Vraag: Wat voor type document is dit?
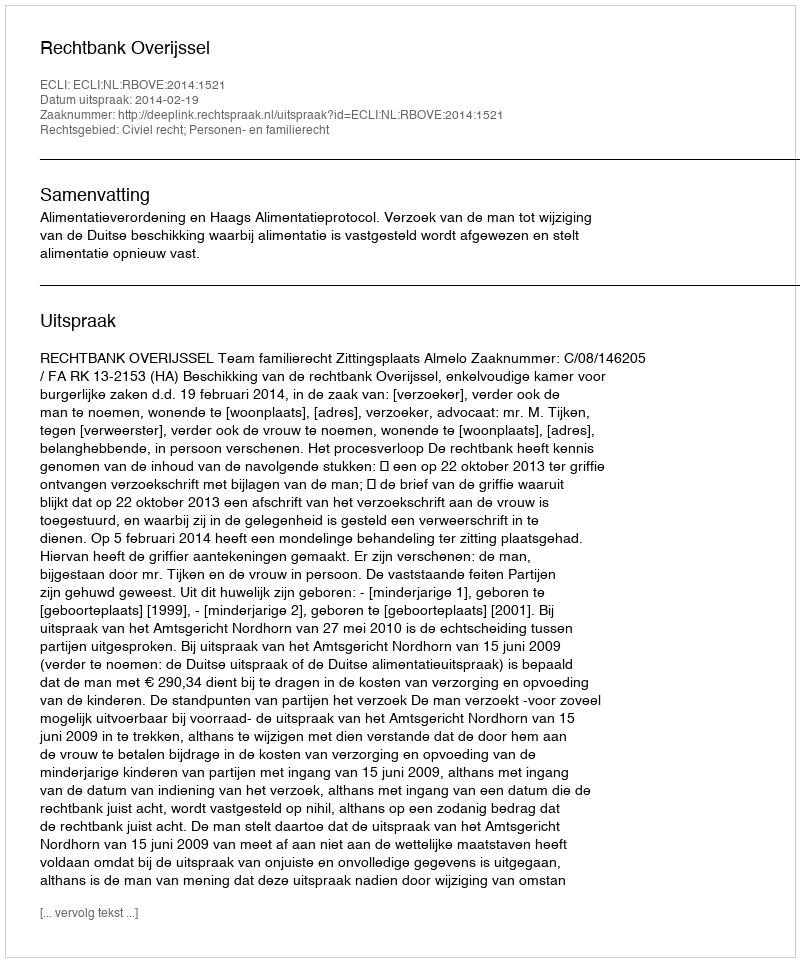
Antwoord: Uitspraak